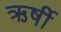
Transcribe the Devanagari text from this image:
ऋर्षी